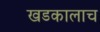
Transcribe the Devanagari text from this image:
खडकालाच